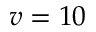
v = 1 0